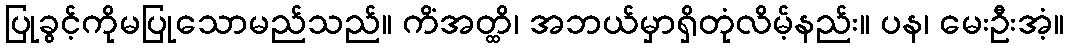
ပြုခွင့်ကိုမပြုသောမည်သည်။ ကိံအတ္ထိ၊ အဘယ်မှာရှိတုံလိမ့်နည်း။ ပန၊ မေးဦးအံ့။